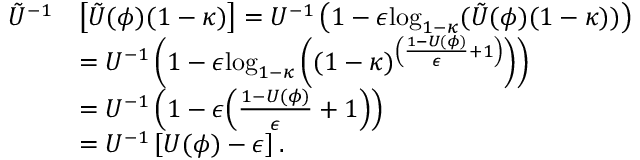
\begin{array} { r l } { \tilde { U } ^ { - 1 } } & { \left[ \tilde { U } ( \phi ) ( 1 - \kappa ) \right] = U ^ { - 1 } \left( 1 - \epsilon \mathrm { l o g } _ { 1 - \kappa } ( \tilde { U } ( \phi ) ( 1 - \kappa ) ) \right) } \\ & { = U ^ { - 1 } \left( 1 - \epsilon \mathrm { l o g } _ { 1 - \kappa } \left( ( 1 - \kappa ) ^ { \left( \frac { 1 - U ( \phi ) } { \epsilon } + 1 \right) } \right) \right) } \\ & { = U ^ { - 1 } \left( 1 - \epsilon { \left( \frac { 1 - U ( \phi ) } { \epsilon } + 1 \right) } \right) } \\ & { = { U } ^ { - 1 } \left[ { U } ( \phi ) - \epsilon \right] . } \end{array}